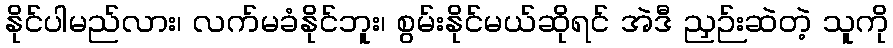
နိုင်ပါမည်လား၊ လက်မခံနိုင်ဘူး၊ စွမ်းနိုင်မယ်ဆိုရင် အဲဒီ ညှဉ်းဆဲတဲ့ သူကို